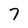
Character: 7